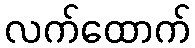
လက်ထောက်